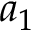
a _ { 1 }